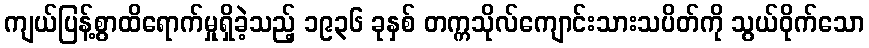
ကျယ်ပြန့်စွာထိရောက်မှုရှိခဲ့သည့် ၁၉၃၆ ခုနှစ် တက္ကသိုလ်ကျောင်းသားသပိတ်ကို သွယ်ဝိုက်သော